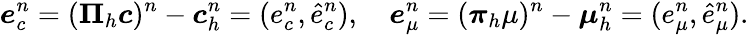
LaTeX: \boldsymbol{e}_{c}^{n}=(\boldsymbol{\Pi}_{h}\boldsymbol{c})^{n}-\boldsymbol{c}_{h}^{n}=(e_{c}^{n},\hat{e}_{c}^{n}),\quad\boldsymbol{e}_{\mu}^{n}=(\boldsymbol{\pi}_{h}\mu)^{n}-\boldsymbol{\mu}_{h}^{n}=(e_{\mu}^{n},\hat{e}_{\mu}^{n}).